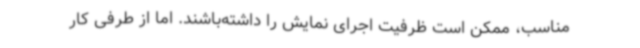
مناسب، ممکن است ظرفیت اجرای نمایش را داشته‌باشند. اما از طرفی کار